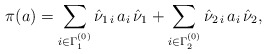
\begin{align*}\pi(a) = \sum_{i\in\Gamma_{1}^{(0)}}\hat{\nu}_{1\,i}\,a_i \,\hat{\nu}_{1}+ \sum_{i\in\Gamma_{2}^{(0)}}\hat{\nu}_{2\,i}\,a_i \,\hat{\nu}_{2},\end{align*}